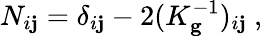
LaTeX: N_{i\mathbf{j}}=\delta_{i\mathbf{j}}-2(K_{\mathbf{{g}}}^{-1})_{i\mathbf{j}}~,